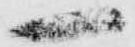
一